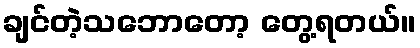
ချင်တဲ့သဘောတော့ တွေ့ရတယ်။